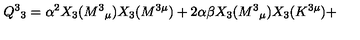
Q ^ { 3 } { } _ { 3 } = \alpha ^ { 2 } X _ { 3 } ( M ^ { 3 } { } _ { \mu } ) X _ { 3 } ( M ^ { 3 \mu } ) + 2 \alpha \beta X _ { 3 } ( M ^ { 3 } { } _ { \mu } ) X _ { 3 } ( K ^ { 3 \mu } ) +